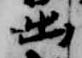
出